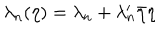
\lambda _ { n } ( \eta ) = \lambda _ { n } + \lambda _ { n } ^ { \prime } \bar { \eta } \eta